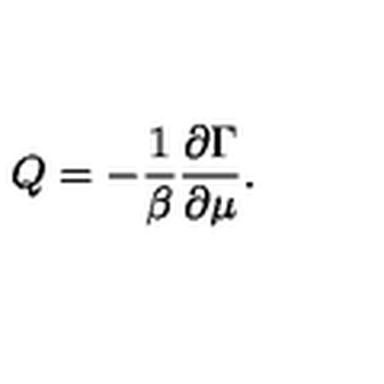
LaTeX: Q = - \frac { 1 } { \beta } { \frac { \partial \Gamma } { \partial \mu } } .